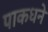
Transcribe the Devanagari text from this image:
पाकधने